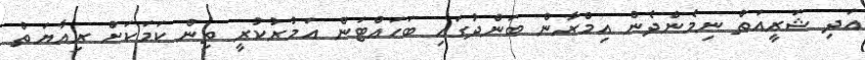
އަދި ޝަރީއަތް ނިމެންދެން އިމްރާން ބަންދުގައި ބަހައްޓަން އަމުރުކުރީ ތިން ކަމަކަށް ރިއާޔަތް